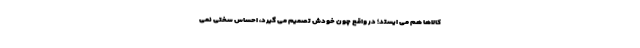
کالاها هم می ایستد؛ در واقع چون خودش تصمیم می گیرد، احساس سختی نمی